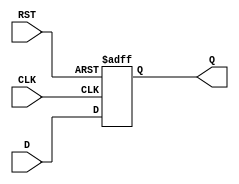
module FlipFlopRegister #(
    parameter N = 8 // Parameter for register width (default is 8 bits)
) (
    input wire [N-1:0] D,  // Data input
    input wire CLK,         // Clock input
    input wire RST,         // Asynchronous reset
    output reg [N-1:0] Q    // Data output
);

    // Asynchronous reset / synchronous load process
    always @(posedge CLK or posedge RST) begin
        if (RST) begin
            Q <= {N{1'b0}}; // Reset all bits to 0
        end else begin
            Q <= D; // Load the input data into the register on clock edge
        end
    end

endmodule